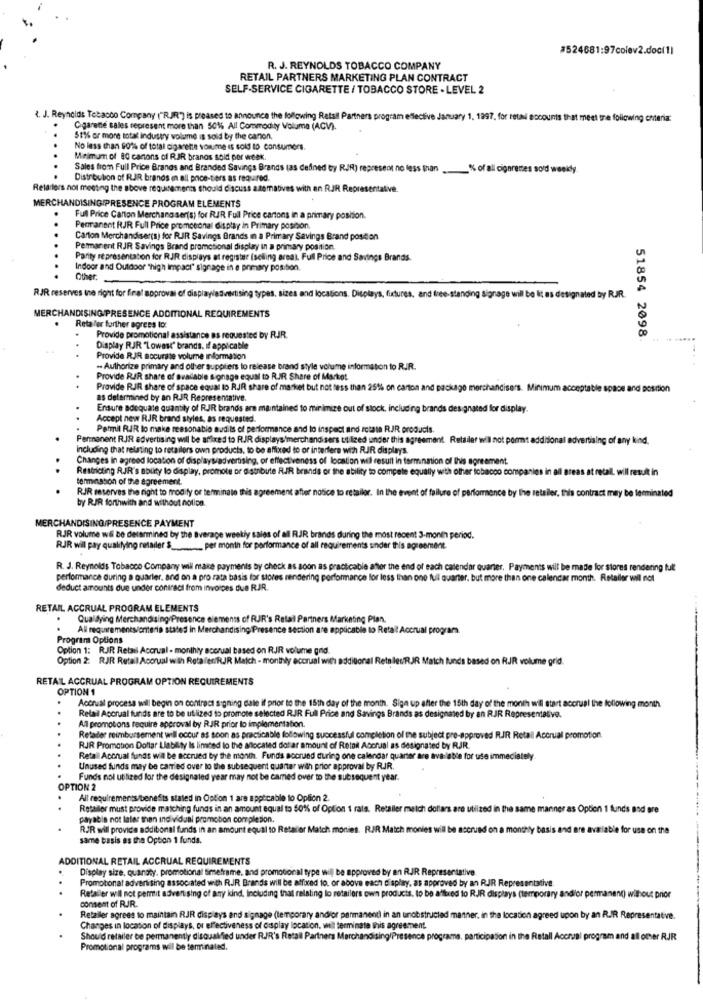
#524681:97colev2.doc(1)
R. J. REYNOLDS TOBACCO COMPANY
RETAIL PARTNERS MARKETING PLAN CONTRACT
SELF-SERVICE CIGARETTE / TOBACCO STORE - LEVEL 2
<. J. Reynolds Tobacco Company ("RIR") is pleased to announce the following Retail Partners program effective January 1, 1997, for retail accounts that meet the following enteria:
Cigarette sales represent more than 5016 All Commodity Volume (ACV).
51% or more total industry volume is sold by the canon,
No less than $0% of total cigarette volume is sold to consumers.
Meimum of 80 cartons of RIR branos soid por week.
Sales from Full Price Brands and Branded Savings Brands (as defined by RJR) represent no less than .% of all cigarettes sold weeky.
Distribubon of RJR brands in all price-tiers as required.
Retailers not meeting the above requirements should discuss azemabives with an RJR Representative.
MERCHANDISINGIPRESENCE PROGRAM ELEMENTS
Full Price Carton Merchand ser(s) for RJR. Full Price cartons in a primary position.
Permanent RJR Full Price promocional display in Primary position.
Carton Merchandiser(s) for RJR Savings Brands in a Primary Savings Brand position
Permanent RJR Savings Brand promotional display in a primary position
Parity representation for RJR displays at register (selling area), Full Price and Savings Brands.
Indoor and Outdoor "high Impact" signage in e primary position.
Other.
RJR reserves ise right for final approval of displayadvertising types, sizes and locations. Displays, fixtures, and free-standing signage will be it as des
RR
MERCHANDISING PRESENCE ADDITIONAL REQUIREMENTS
Retaler further agrees to:
Provide promotional assistance as requested by RJR.
51854 2098
Display RJR "Lowest" brands. if applicable
Provide RJR accurate volume information
- Authorize primary and other suppliers to release brand style volume information to RJR.
Provide RIR share of available signage equal to R.JR. Share of Market
Provide RJR share of space equal to RJR share of market but not less than 251% on carton and package merchandisers. Minimum accept
ace and position
as determined by an RJR Representative.
Ensure adequate quantity of RJR brands are maintained to minimize out of stock, including brands designated for display.
Accept new RJR brand styles, as requested.
Permil RJR lo make reasonable audits of performance and to inspect and rotate RJR products.
Permanent RJR advertising will be affixed to RJR displays merchandisers utilized under this agreement. Retailer will not port additional advertising of any kind.
Including that relating to retailers own products, to be affixed to or interfere with RJR displays.
Changes in agreed location of displaysadvertising, or effectiveness of location will result in termination of this agreement.
Restricting RJR's ablity lo display, promote or distribute RIR brands or the ability to compete equally with other iobacco companies in all areas at retail. will result in
termination of the agreement.
RJR reserves the right to modify or terminate this agreement after notice to retailer. In the event of failure of performence by the retailer, this contract may be terminated
by RIR forthwith and without notice.
MERCHANDISING/PRESENCE PAYMENT
RJR volume wil be determined by the average weekly sales of all RJR brands during the most recent 3-month period.
RJR will pay qualifying retailer $ .. per month for performance of all requirements under this agreement.
R. J. Reynolds Tobacco Company will make payments by check as soon as practicable after the end of each calendar quarter. Payments will be made for stores rendering tult
performance during a quarter. and on a pro rata basis for stores rendering performance for less than one full quarter. but more than one calendar month. Retailer wil not
deduct amounts due under contract from invoices due RJR.
RETAIL ACCRUAL PROGRAM ELEMENTS
Qualdying Merchandising Presence elements of RJR's Retail Partners Marketing Plan.
All requirements/orteria stated in Merchandis
applicable to Retail Accrual programa.
Program Options
Option 1: RJR Retail Accrual - monthly accrual based on RJR volume gnid.
Option 2: RJR Retail Accrual with Reta fer/RJR Match - monthly accrual with additional RetailesRIR Match funds based on RJR volume grid.
RETAIL ACCRUAL PROGRAM OPTION REQUIREMENTS
OPTION 1
.
..
Accrual process will begin on contract signing dalle if prior to the 15th day of the month. Siga up after the 15th day of the month wil start accrual the following month
All promotions require approval by RJR prior to implementation.
Retail Accrual funds are to be utilized to promote selected RJR. Full Price and Savings Brands as designated by an RJR Representative.
Retader reimbursement will occur as soon as practicable following successful completion of the subject pre-approved RJR Retail Accrual promotion.
RJR Promotion Dollar Liability Is limited to the allocated dotar amount of Retail Accrual as designated by RJR.
Retail Accrual funds wil be accrued by the month. Funds socrund during one calendar quarter are available for use immediately.
Unused funds may be carried over to the subsequent quarter with prior approval by RJR.
Funds nol utilized for the designated year may not be camed over to the subsequent year
OPTION 2
All requirements/benefits stated in Option 1 are applicable to Option 2.
Retailer must provide matching funds in an amount equal to 50% of Option 1 rats. Retailer match dollars are utilized in the same manner as Option 1 funds and are
payable not later than individual promotion completion.
RJR will provide addibonal funds in an amount equal to Retailer Match monties. RJR. Match monies will be accrued on a monthty
able for use on the
same basis as the Option 1 funds.
ADDITIONAL RETAIL ACCRUAL REQUIREMENTS
Display size, quandty. promotional timeframe. and promotional type will be approved by an RJR Representative
Promotional advertising associated with RJR Brands will be affixed to. or above each display, as approved by an RJR Representative.
Retaller wil not permit advertising of any kind, Including that relating to retailers own products. to be afftred to RJR displays (temporary andilor permanent) without prior
consent of RJR.
Retailer agrees to maintain RJR displays and signage (temporary andior permanent) in an unobstructed manner. in the location agreed upon by an RJR Representative.
Changes in location of displays, or effectiveness of osplay location, wil terminate this agreement
Should retailer be permanently disqualified under RJR's Retall Partners Merchandising/Presence programs, participation in the Retall Accrual program and all other RJR
Promotional programs will be terminated.